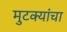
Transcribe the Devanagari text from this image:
मुटक्यांचा